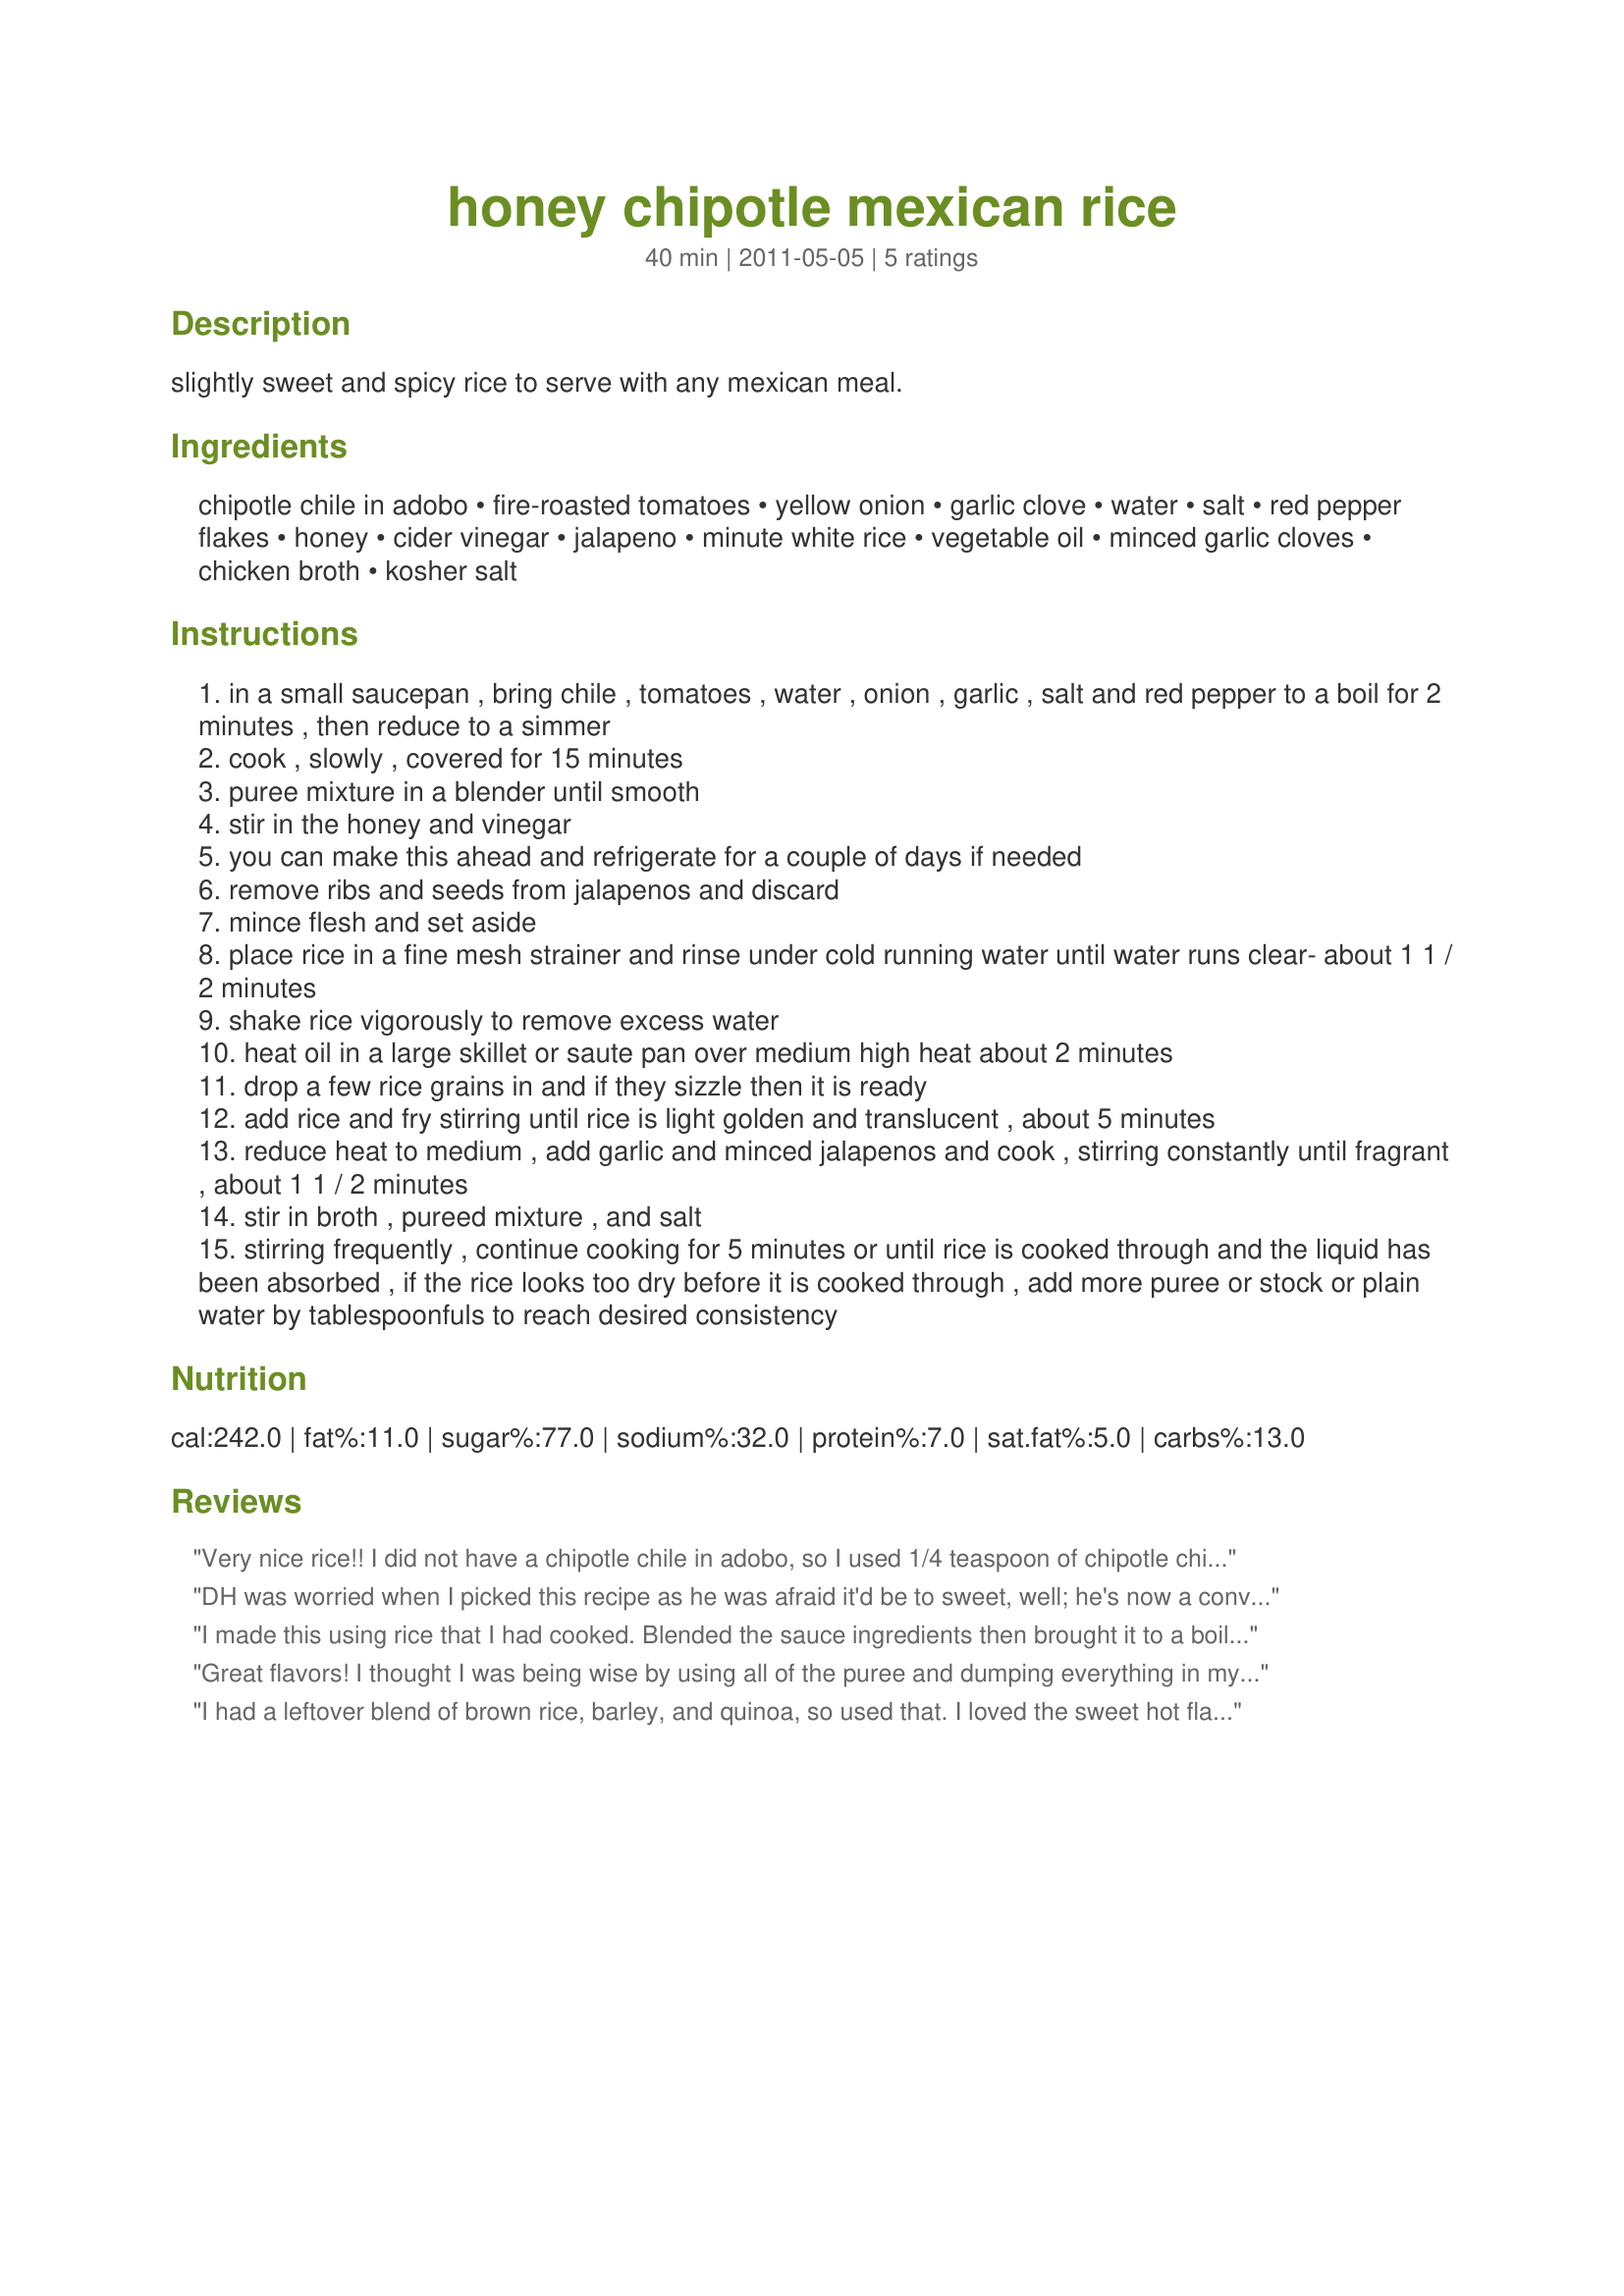
honey chipotle mexican rice
Preparation time: 40 minutes

slightly sweet and spicy rice to serve with any mexican meal.

Ingredients:
chipotle chile in adobo, fire-roasted tomatoes, yellow onion, garlic clove, water, salt, red pepper flakes, honey, cider vinegar, jalapeno, minute white rice, vegetable oil, minced garlic cloves, chicken broth, kosher salt

Steps:
in a small saucepan , bring chile , tomatoes , water , onion , garlic , salt and red pepper to a boil for 2 minutes , then reduce to a simmer
cook , slowly , covered for 15 minutes
puree mixture in a blender until smooth
stir in the honey and vinegar
you can make this ahead and refrigerate for a couple of days if needed
remove ribs and seeds from jalapenos and discard
mince flesh and set aside
place rice in a fine mesh strainer and rinse under cold running water until water runs clear- about 1 1 / 2 minutes
shake rice vigorously to remove excess water
heat oil in a large skillet or saute pan over medium high heat about 2 minutes
drop a few rice grains in and if they sizzle then it is ready
add rice and fry stirring until rice is light golden and translucent , about 5 minutes
reduce heat to medium , add garlic and minced jalapenos and cook , stirring constantly until fragrant , about 1 1 / 2 minutes
stir in broth , pureed mixture , and salt
stirring frequently , continue cooking for 5 minutes or until rice is cooked through and the liquid has been absorbed , if the rice looks too dry before it is cooked through , add more puree or stock or plain water by tablespoonfuls to reach desired consistency

Reviews:
Very nice rice!! I did not have a chipotle chile in adobo, so I used 1/4 teaspoon of chipotle chili powder instead. Other than that, I made as written. Loved the sweetness from the honey (I used Tupelo) and the fire roasted tomatoes added just a hint of smokey flavor as well. Overall, I very tasty side for our dinner. I'll make this again! Thanks for posting, made for ZWT7 and the HOT PINK LADIES.
DH was worried when I picked this recipe as he was afraid it'd be to sweet, well; he's now a convert. Made as directed with the one exception of using basmati rice instead of instant, that increased the cooking time, and had to add about an extra 1/4 cup of broth, but no other changes and so glad as the flavors are great and defiantly NOT to sweet, went perfect with our Mexican Themed dinner
I made this using rice that I had cooked. Blended the sauce ingredients then brought it to a boil reduced to a simmer for 10 minutes. Added to the rice. Great flavors. Thanks. Made for Mischief Makers ZWT 2011
Great flavors! I thought I was being wise by using all of the puree and dumping everything in my rice cooker.... one cup of broth (as recipe stated) and 3 cycles later, it was amazing! I didn't do the jalapeno because I was out, but the chipotle gave great spice alone! Thanks!
I had a leftover blend of brown rice, barley, and quinoa, so used that. I loved the sweet hot flavors! This made a nice lunch. Thanks! Made for the Food.Commandos for ZWT 2011-South America.
